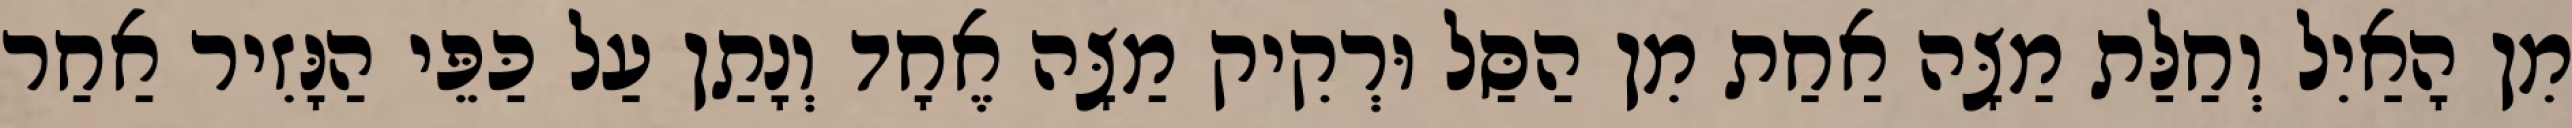
מִן הָאַיִל וְחַלַּת מַצָּה אַחַת מִן הַסַּל וּרְקִיק מַצָּה אֶחָד וְנָתַן עַל כַּפֵּי הַנָּזִיר אַחַר